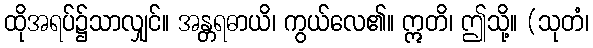
ထိုအရပ်၌သာလျှင်။ အန္တရဓာယိ၊ ကွယ်လေ၏။ ဣတိ၊ ဤသို့။ (သုတံ၊